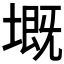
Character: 𡏲